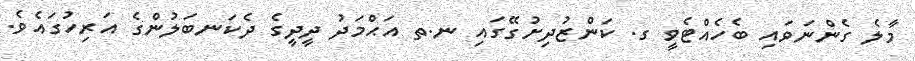
މާލެ ގެންނަވައި ބެހެއްޓެވީ ގ. ކަންޒުދިށުގޭގައި ނ.ތ އަޙްމަދު ދީދީގެ ދެކަނބަލުންގެ އަރިހުގައެވެ.